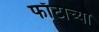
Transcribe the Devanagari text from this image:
फाँटाच्या